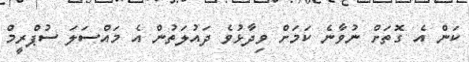
ކަން އެ ގޮތަށް ނުވާނެ ކަމަށް ވިދާޅުވެ ދައުލަތުން އެ މައްސަލަ ސުޕްރީމް